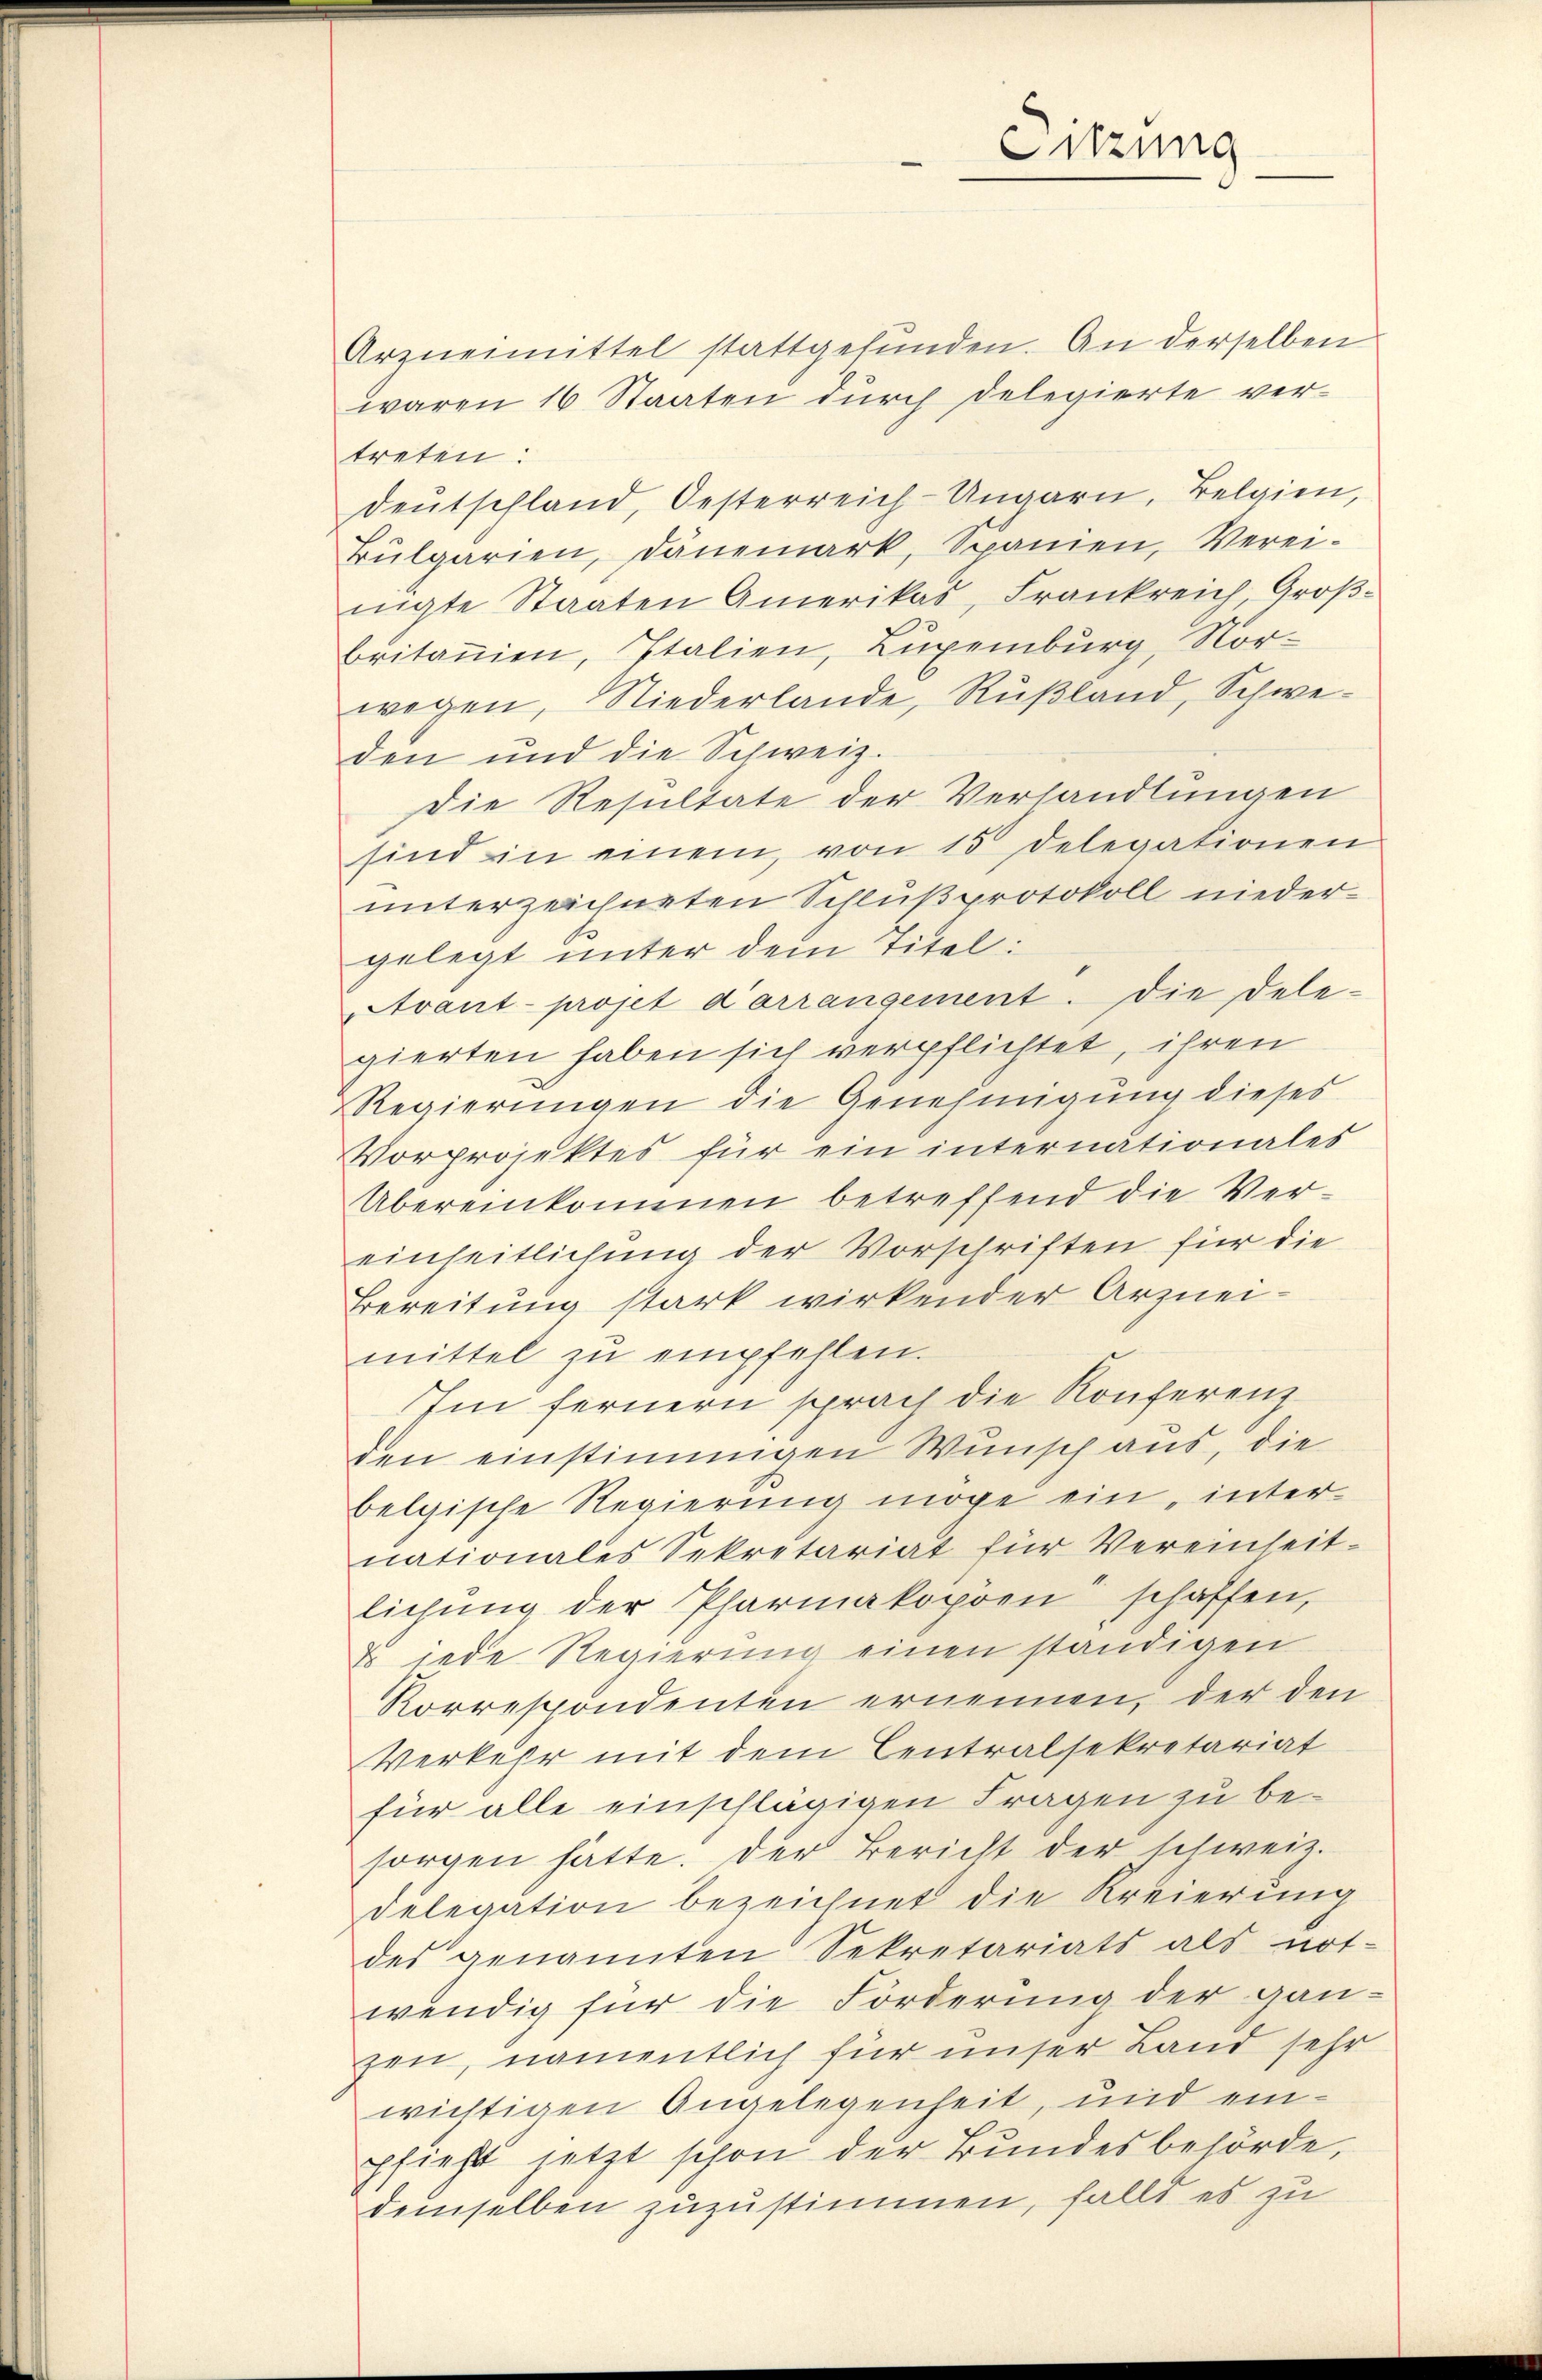
Arzneimittel stattgefunden. An derselben
waren 16 Staaten durch Delegierte vertreten:
Deutschland, Oesterreich-Ungarn, Belgien,
Bŭlgarien, Dänemark, Spanien, Verei-
nigte Staaten Amerikas, Frankreich, Großbritannien, Italien, Luxenburg, Nor-
wegen, Niederlande, Rußland, Schweden und die Schweiz.
Die Resultate der Verhandlungen
sind in einem von 15 Delegationen
unterzeichneten Schluß protokoll niedergelegt unter dem Titel:
Avant projet d’arrangement. Die Dele-
gierten haben sich verpflichtet, ihren
Regierungen die Genehmigung dieses
Vorprojektes für ein internationales
Übereinkommen betreffend die Vereinheitlichung der Vorschriften für die
Bereitung stark wirkender Arzneimittel zŭ empfehlen.
Im fernern sprach die Konferenz
den einstimmigen Wunsch aus, die
belgische Regierung möge ein, inter-
nationales Sekretariat für Vereinheit-
lichung der Pharmakopoe schaffen,
& jede Regierung einen ständigen
Korrespondenten ernennen, der den
Verkehr mit dem Centralsekretariat
für alle einschlägigen Fragen zu besorgen hätte. Der Bericht der schweiz.
Delegation bezeichnet die Kreierung
des genannten Sekretariats als not-
wendig für die Forderung der ganzen, namentlich für unser Land sehr
wichtigen Angelegenheit, und einpfiehlt jetzt schon der Bundesbehörde,
demselben zuzustimmen, falls es zu

Sitzung